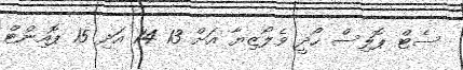
ސެޓް ޕޮލިސް ހޯދީ ވެލޯޒިޔާ އަށް 13 14 އަދި 15 ޕޮއިންޓް